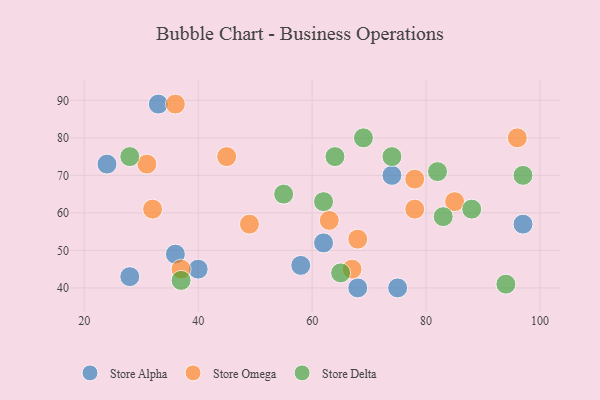
{"axis": {"x": "GDP", "y": "Life Expectancy"}, "legend": ["Store Alpha", "Store Delta", "Store Omega"], "data": [{"x": "58", "y": 46, "type": "Store Alpha"}, {"x": "74", "y": 70, "type": "Store Alpha"}, {"x": "28", "y": 43, "type": "Store Alpha"}, {"x": "24", "y": 73, "type": "Store Alpha"}, {"x": "33", "y": 89, "type": "Store Alpha"}, {"x": "75", "y": 40, "type": "Store Alpha"}, {"x": "97", "y": 57, "type": "Store Alpha"}, {"x": "40", "y": 45, "type": "Store Alpha"}, {"x": "62", "y": 52, "type": "Store Alpha"}, {"x": "36", "y": 49, "type": "Store Alpha"}, {"x": "68", "y": 40, "type": "Store Alpha"}, {"x": "78", "y": 61, "type": "Store Omega"}, {"x": "32", "y": 61, "type": "Store Omega"}, {"x": "49", "y": 57, "type": "Store Omega"}, {"x": "67", "y": 45, "type": "Store Omega"}, {"x": "63", "y": 58, "type": "Store Omega"}, {"x": "31", "y": 73, "type": "Store Omega"}, {"x": "68", "y": 53, "type": "Store Omega"}, {"x": "78", "y": 69, "type": "Store Omega"}, {"x": "96", "y": 80, "type": "Store Omega"}, {"x": "85", "y": 63, "type": "Store Omega"}, {"x": "45", "y": 75, "type": "Store Omega"}, {"x": "37", "y": 45, "type": "Store Omega"}, {"x": "36", "y": 89, "type": "Store Omega"}, {"x": "64", "y": 75, "type": "Store Delta"}, {"x": "69", "y": 80, "type": "Store Delta"}, {"x": "37", "y": 42, "type": "Store Delta"}, {"x": "82", "y": 71, "type": "Store Delta"}, {"x": "74", "y": 75, "type": "Store Delta"}, {"x": "65", "y": 44, "type": "Store Delta"}, {"x": "94", "y": 41, "type": "Store Delta"}, {"x": "62", "y": 63, "type": "Store Delta"}, {"x": "83", "y": 59, "type": "Store Delta"}, {"x": "88", "y": 61, "type": "Store Delta"}, {"x": "55", "y": 65, "type": "Store Delta"}, {"x": "97", "y": 70, "type": "Store Delta"}, {"x": "28", "y": 75, "type": "Store Delta"}]}